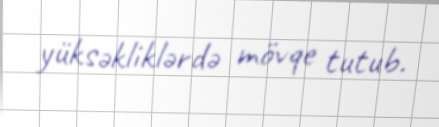
yüksəkliklərdə mövqe tutub.